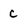
Character: c